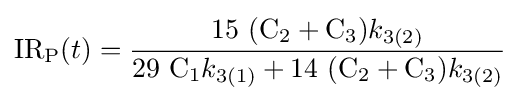
{\mathrm {IR} {\vphantom {A}}_{\smash[{t}]{\mathrm {P} }}}(t)={\dfrac {15\ ({\mathrm {C} {\vphantom {A}}_{\smash[{t}]{2}}}+{\mathrm {C} {\vphantom {A}}_{\smash[{t}]{3}}}){k}_{3(2)}}{29\ {\mathrm {C} {\vphantom {A}}_{\smash[{t}]{1}}}{k}_{3(1)}+14\ ({\mathrm {C} {\vphantom {A}}_{\smash[{t}]{2}}}+{\mathrm {C} {\vphantom {A}}_{\smash[{t}]{3}}}){k}_{3(2)}}}